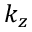
k _ { z }